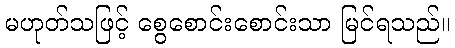
မဟုတ်သဖြင့် စွေစောင်းစောင်းသာ မြင်ရသည်။